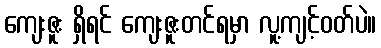
ကျေးဇူး ရှိရင် ကျေးဇူးတင်ရမှာ လူ့ကျင့်ဝတ်ပဲ။